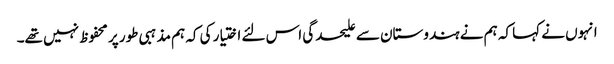
انہوں نے کہا کہ ہم نے ہندوستان سے علیحدگی اس لئے اختیار کی کہ ہم مذہبی طور پر محفوظ نہیں تھے۔